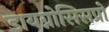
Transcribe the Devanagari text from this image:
डायग्नोसिसप्रो